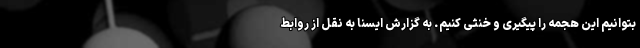
بتوانیم این هجمه را پیگیری و خنثی کنیم. به گزارش ایسنا به نقل از روابط